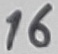
Text: 16